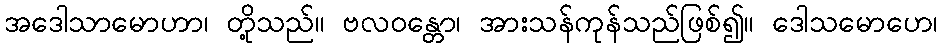
အဒေါသာမောဟာ၊ တို့သည်။ ဗလဝန္တော၊ အားသန်ကုန်သည်ဖြစ်၍။ ဒေါသမောဟေ၊